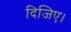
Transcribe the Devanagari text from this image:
दिजिए।